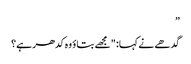
”
گدھے نے کہا: "مجھے بتاؤ وہ کدھر ہے؟